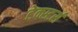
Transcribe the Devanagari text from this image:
टेक्स्टर्स